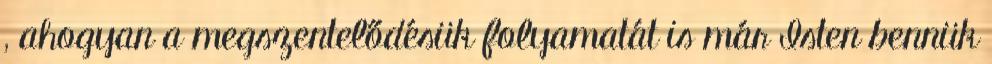
, ahogyan a megszentelődésük folyamatát is már Isten bennük